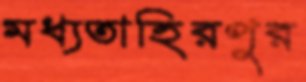
মধ্যতাহিরপুর